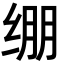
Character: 绷